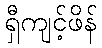
ရှီကျင့်ဖိန်